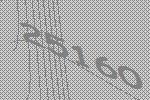
25160